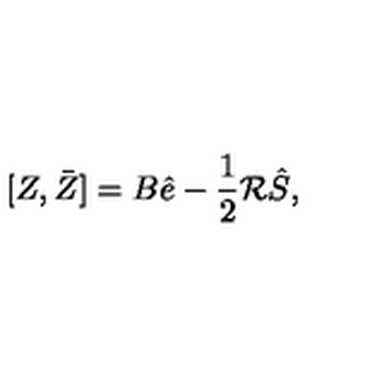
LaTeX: [ Z , \bar { Z } ] = B \hat { e } - \frac { 1 } { 2 } \mathcal R \hat { S } ,